Some observations on the morphology and mechanism of the parts in the orthorrapha - Number 58
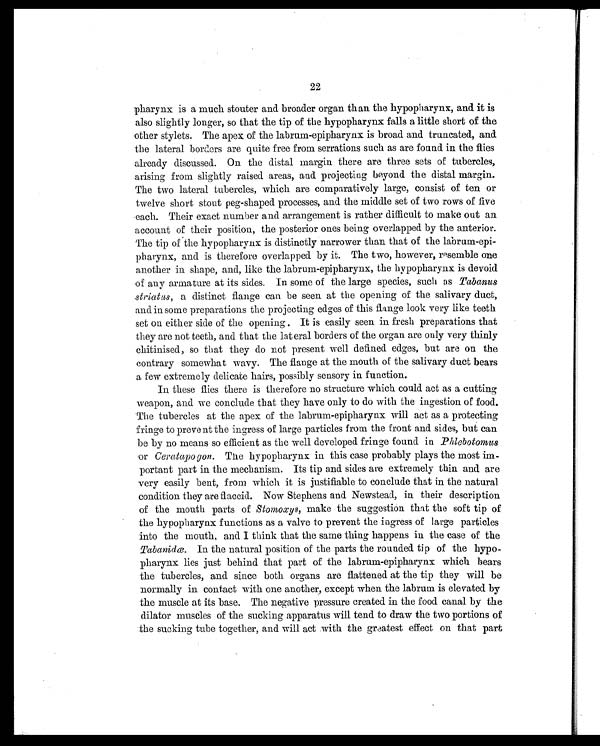
22
pharynx is a much stouter and broader organ than the hypopharynx, and it is
also slightly longer, so that the tip of the hypopharynx falls a little short of the
other stylets. The apex of the labrum-epipharynx is broad and truncated, and
the lateral borders are quite free from serrations such as are found in the flies
already discussed. On the distal margin there are three sets of tubercles,
arising from slightly raised areas, and projecting beyond the distal margin.
The two lateral tubercles, which are comparatively large, consist of ten or
twelve short stout peg-shaped processes, and the middle set of two rows of five
each. Their exact number and arrangement is rather difficult to make out an
account of their position, the posterior ones being overlapped by the anterior.
The tip of the hypopharynx is distinctly narrower than that of the labrum-epi-
pharynx, and is therefore overlapped by it. The two, however, resemble one
another in shape, and, like the labrum-epipharynx, the hypopharynx is devoid
of any armature at its sides. In some of the large species, such as Tabanus
striatus, a distinct flange can be seen at the opening of the salivary duct,
and in some preparations the projecting edges of this flange look very like teeth
set on either side of the opening. It is easily seen in fresh preparations that
they are not teeth, and that the lat eral borders of the organ are only very thinly
chitinised, so that they do not present well defined edges, but are on the
contrary somewhat wavy. The flange at the mouth of the salivary duct bears
a few extremely delicate hairs, possibly sensory in function.
In these flies there is therefore no structure which could act as a cutting
weapon, and we conclude that they have only to do with the ingestion of food.
The tubercles at the apex of the labrum-epipharynx will act as a protecting
fringe to prevent the ingress of large particles from the front and sides, but can
be by no means so efficient as the well developed fringe found in Phlebotomus
or Ceratapogon. The hypopharynx in this case probably plays the most im-
portant part in the mechanism. Its tip and sides are extremely thin and are
very easily bent, from which it is justifiable to conclude that in the natural
condition they are flaccid. Now Stephens and Newstead, in their description
of the mouth parts of Stomoxys, make the suggestion that the soft tip of
the hypopharynx functions as a valve to prevent the ingress of large particles
into the mouth, and I think that the same thing happens in the case of the
Tabanidœ. In the natural position of the parts the rounded tip of the hypo
-pharynx lies just behind that part of the labrum-epipharynx which bears
the tubercles, and since both organs are flattened at the tip they will be
normally in contact with one another, except when the labrum is elevated by
the muscle at its base. The negative pressure created in the food canal by the
dilator muscles of the sucking apparatus will tend to draw the two portions of
the sucking tube together, and will act with the greatest effect on that part